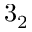
3 _ { 2 }